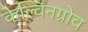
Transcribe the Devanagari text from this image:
केल्विनग्रोव